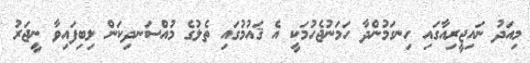
މިއަދު ނައިޖީރިއާގައި ހިނގަމުންދާ ހަމަނުޖެހުމަކީ އެ ޤައުމުގައި ތެލުގެ މުއްސަނދިކަން ލިބިފައިވާ ނީޖަރު